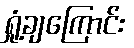
ရှုံ့ချကြောင်း